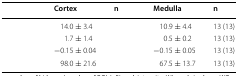
<table><thead><tr><td>[EMPTY_CELL]</td><td><b>Cortex</b></td><td><b>n</b></td><td><b>Medulla</b></td><td><b>n</b></td></tr></thead><tbody><tr><td>[EMPTY_CELL]</td><td>14.0 ± 3.4</td><td>[EMPTY_CELL]</td><td>10.9 ± 4.4</td><td>13 (13)</td></tr><tr><td>[EMPTY_CELL]</td><td>1.7 ± 1.4</td><td>[EMPTY_CELL]</td><td>0.5 ± 0.2</td><td>13 (13)</td></tr><tr><td>[EMPTY_CELL]</td><td>−0.15 ± 0.04</td><td>[EMPTY_CELL]</td><td>−0.15 ± 0.05</td><td>13 (13)</td></tr><tr><td>[EMPTY_CELL]</td><td>98.0 ± 21.6</td><td>[EMPTY_CELL]</td><td>67.5 ± 13.7</td><td>13 (13)</td></tr></tbody></table>